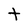
Character: t